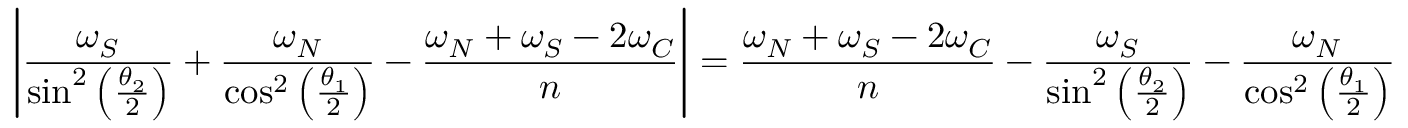
\left| \frac { \omega _ { S } } { \sin ^ { 2 } \left( \frac { \theta _ { 2 } } { 2 } \right) } + \frac { \omega _ { N } } { \cos ^ { 2 } \left( \frac { \theta _ { 1 } } { 2 } \right) } - \frac { \omega _ { N } + \omega _ { S } - 2 \omega _ { C } } { n } \right| = \frac { \omega _ { N } + \omega _ { S } - 2 \omega _ { C } } { n } - \frac { \omega _ { S } } { \sin ^ { 2 } \left( \frac { \theta _ { 2 } } { 2 } \right) } - \frac { \omega _ { N } } { \cos ^ { 2 } \left( \frac { \theta _ { 1 } } { 2 } \right) }